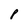
Character: p